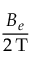
\frac { B _ { e } } { 2 \, \mathrm { T } }